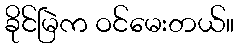
ခိုင်မြဲက ဝင်မေးတယ်။